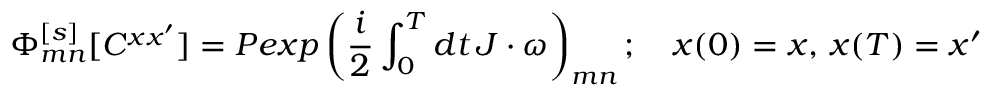
\Phi _ { m n } ^ { [ s ] } [ C ^ { x x ^ { \prime } } ] = P e x p \left( { \frac { i } { 2 } } \int _ { 0 } ^ { T } d t \, J \cdot \omega \right) _ { m n } ; \quad x ( 0 ) = x , \, x ( T ) = x ^ { \prime }